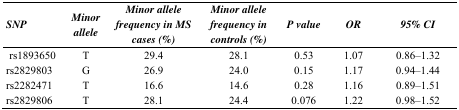
<table><thead><tr><td><b>SNP</b></td><td><b>Minor allele</b></td><td><b>Minor allele frequency in MS cases (%)</b></td><td><b>Minor allele frequency in controls (%)</b></td><td><b>P value</b></td><td><b>OR</b></td><td><b>95% CI</b></td></tr></thead><tbody><tr><td>rs1893650</td><td>T</td><td>29.4</td><td>28.1</td><td>0.53</td><td>1.07</td><td>0.86–1.32</td></tr><tr><td>rs2829803</td><td>G</td><td>26.9</td><td>24.0</td><td>0.15</td><td>1.17</td><td>0.94–1.44</td></tr><tr><td>rs2282471</td><td>T</td><td>16.6</td><td>14.6</td><td>0.28</td><td>1.16</td><td>0.89–1.51</td></tr><tr><td>rs2829806</td><td>T</td><td>28.1</td><td>24.4</td><td>0.076</td><td>1.22</td><td>0.98–1.52</td></tr></tbody></table>